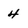
Character: 4